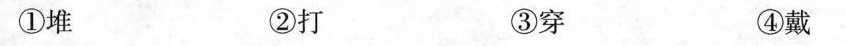
①堆 ②打 ③穿 ④戴